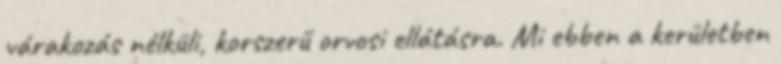
várakozás nélküli, korszerű orvosi ellátásra. Mi ebben a kerületben